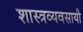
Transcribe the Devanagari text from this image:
शास्त्रव्यवसायी